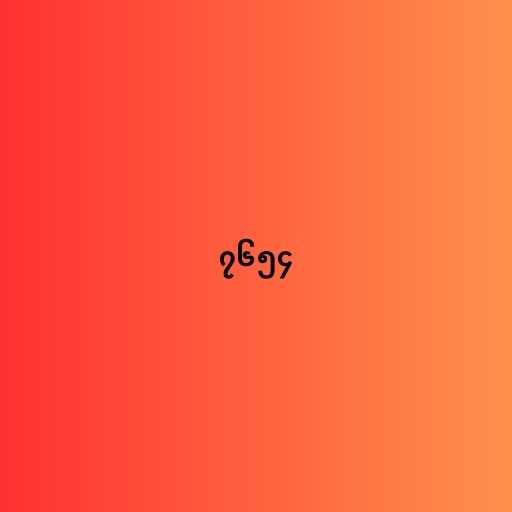
၇၆၅၄